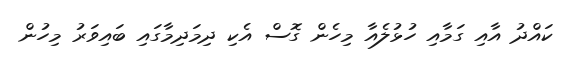
ކައްދު އާއި ގަމާއި ހުޅުލެއާ މިހެން ގޮސް އެކި ދިމަދިމާގައި ބައިވަރު މިހުން